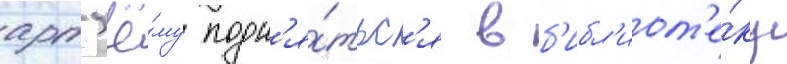
арт'ё́му подн'я́тьс'я в б'ибл'иот'е́ку